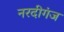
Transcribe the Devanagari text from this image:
नरदीगंज